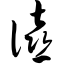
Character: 僖